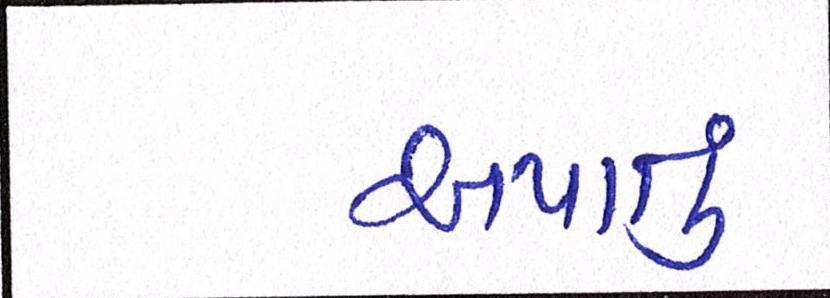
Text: અપાતું